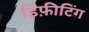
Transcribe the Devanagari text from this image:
डिफ़ीटिंग